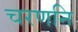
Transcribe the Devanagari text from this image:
चरणनि